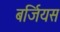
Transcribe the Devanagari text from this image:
बर्जियस